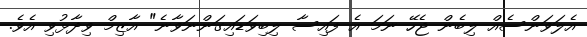
އެލަވަންސެއް ލިބެން ޖެހޭ ނަމަ އެ ފައިސާ ލިބިވަޑައިގަންނަވާނެ" އާޒިމް ވިދާޅުވި އެވެ.